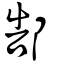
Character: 郜